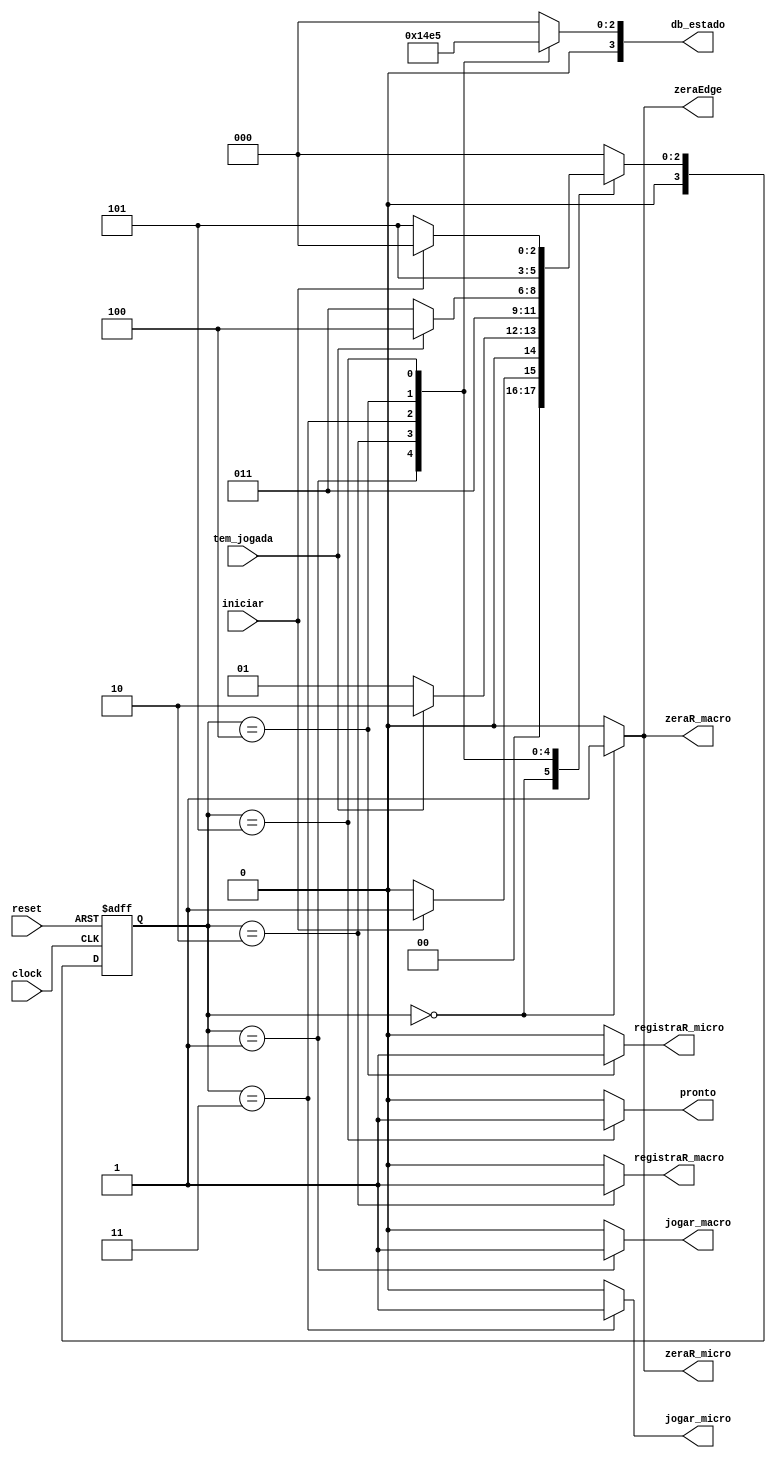

module unidade_controle (
    input      clock,
    input      reset,
    input      iniciar,
    input      tem_jogada,
    output reg zeraR_macro,
    output reg zeraR_micro,
    output reg zeraEdge,
    output reg registraR_macro,
    output reg registraR_micro,
    output reg pronto,
    output reg jogar_macro,
    output reg jogar_micro,
    output reg [3:0] db_estado
);

    // Define estados
    parameter inicial              = 4'b0000;  // 0
    parameter joga_macro           = 4'b0001;  // 1
    parameter registra_macro       = 4'b0010;  // 2
    parameter joga_micro           = 4'b0011;  // 3
    parameter registra_micro       = 4'b0100;  // 4 
    parameter fim                  = 4'b0101;  // 5 

    // Variaveis de estado
    reg [3:0] Eatual, Eprox;

    // Memoria de estado
    always @(posedge clock or posedge reset) begin
        if (reset)
            Eatual <= inicial;
        else
            Eatual <= Eprox;
    end
        
    // Logica de proximo estado 
    always @* begin
        case (Eatual) 
            inicial:              Eprox = (iniciar) ? joga_macro : inicial;
            joga_macro:           Eprox = (tem_jogada) ? registra_macro : joga_macro;
            registra_macro:       Eprox = joga_micro;
            joga_micro:           Eprox = (tem_jogada) ? registra_micro : joga_micro;
            registra_micro:       Eprox = fim;
            fim:                  Eprox = (iniciar) ? inicial : fim;
            
            default:              Eprox = inicial;
        endcase
    end

    // Logica de saida (maquina Moore)
    always @* begin
        zeraR_macro     = (Eatual == inicial) ? 1'b1 : 1'b0; 
        zeraR_micro     = (Eatual == inicial) ? 1'b1 : 1'b0;
        zeraEdge        = (Eatual == inicial) ? 1'b1 : 1'b0;
        registraR_macro = (Eatual == registra_macro) ? 1'b1 : 1'b0;
        registraR_micro = (Eatual == registra_micro) ? 1'b1 : 1'b0;
        pronto          = (Eatual == fim) ? 1'b1 : 1'b0;
        jogar_macro     = (Eatual == joga_macro) ? 1'b1 : 1'b0;
        jogar_micro     = (Eatual == joga_micro) ? 1'b1 : 1'b0;

        // Saida de depuracao (estado)
        case (Eatual)
            inicial:              db_estado = inicial;         // 0
            joga_macro:           db_estado = joga_macro;      // 1
            registra_macro:       db_estado = registra_macro;  // 2
            joga_micro:           db_estado = joga_micro;      // 3
            registra_micro:       db_estado = registra_micro;  // 4
            fim:                  db_estado = fim;             // 5
            
            default:       db_estado = 4'b0000;           // 0
        endcase

        

    end

endmodule